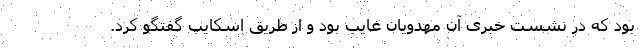
بود که در نشست خبری آن مهدویان غایب بود و از طریق اسکایپ گفتگو کرد.